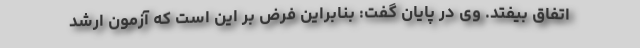
اتفاق بیفتد. وی در پایان گفت: بنابراین فرض بر این است که آزمون ارشد